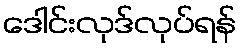
ဒေါင်းလုဒ်လုပ်ရန်